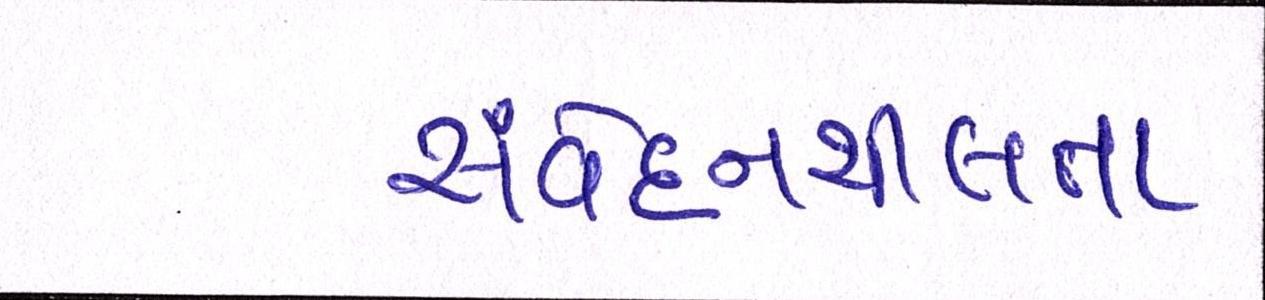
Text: સંવેદનશીલતા